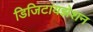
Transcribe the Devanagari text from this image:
डिजिटायझेशन